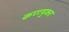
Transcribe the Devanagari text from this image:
कणयुक्त